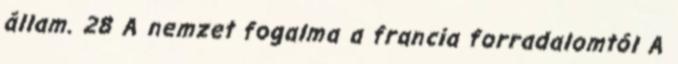
állam. 28 A nemzet fogalma a francia forradalomtól A